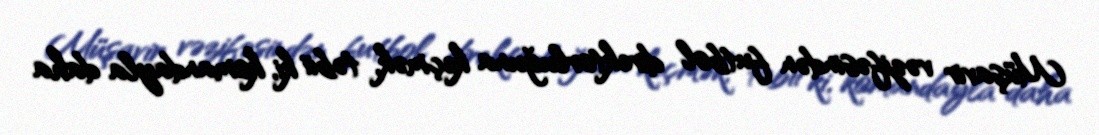
Müşavir vəzifəsindən futbol direktorluğuna keçmək, təbii ki, komandayla daha